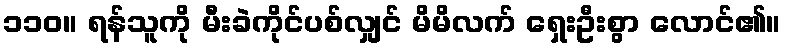
၁၁၀။ ရန်သူကို မီးခဲကိုင်ပစ်လျှင် မိမိလက် ရှေးဦးစွာ လောင်၏။